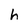
Character: h